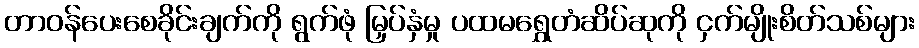
တာဝန်ပေးစေခိုင်းချက်ကို ရွက်ဖုံ မြှပ်နှံမှု ပထမရွှေတံဆိပ်ဆုကို ငှက်မျိုးစိတ်သစ်များ